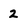
Character: 2